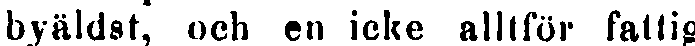
byäldst, och en icke alltför fattig